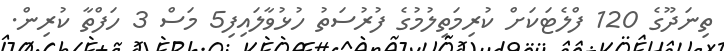
ތިނަދޫގެ 120 ފްލެޓަކަށް ކުރިމަތިލުމުގެ ފުރުސަތު ހުޅުވާލައިފި5 މަސް 3 ހަފްތާ ކުރިން.